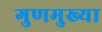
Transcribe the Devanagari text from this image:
गुणमुख्या